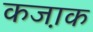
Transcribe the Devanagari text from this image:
कजा़क